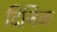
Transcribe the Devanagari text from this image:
दिनिक